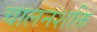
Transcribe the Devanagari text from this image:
चालनशक्ति